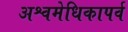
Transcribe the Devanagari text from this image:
अश्वमेधिकापर्व